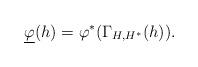
LaTeX: \begin{align*}\underline{\varphi}(h)=\varphi^*(\Gamma_{H,H^*}(h)).\end{align*}